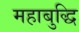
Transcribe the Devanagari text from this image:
महाबुद्धि